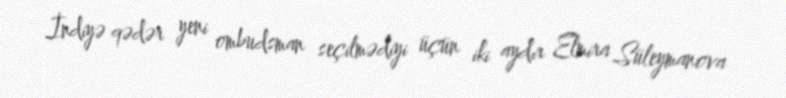
İndiyə qədər yeni ombudsman seçilmədiyi üçün iki aydır Elmira Süleymanova